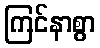
ကြင်နာစွာ